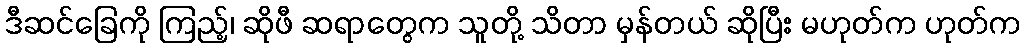
ဒီဆင်ခြေကို ကြည့်၊ ဆိုဖီ ဆရာတွေက သူတို့ သိတာ မှန်တယ် ဆိုပြီး မဟုတ်က ဟုတ်က